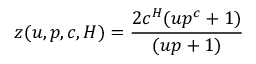
z ( u , p , c , H ) = \frac { 2 c ^ { H } ( u p ^ { c } + 1 ) } { ( u p + 1 ) }